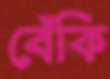
বেঁকি